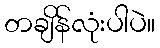
တချိန်လုံးပါပဲ။